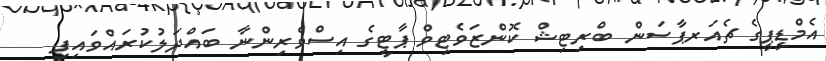
އެމްޑީޕީގެ ޗެއަރޕާސަން ބްރިޓިޝް ކޮންޒަވެޓިވް ޕާޓީގެ އިސްވެރިންނާ ބައްދަލުކުރައްވައިފި